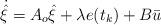
LaTeX: \begin{align*}\dot{\hat{\xi}}=A_{o}\hat{\xi}+\lambda e(t_{k})+B\bar{u}\end{align*}